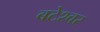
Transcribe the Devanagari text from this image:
बटेश्‍वर